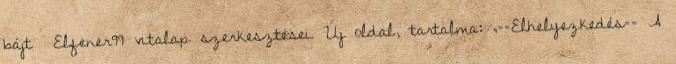
bájt ‎Elfener99 vitalap szerkesztései Új oldal, tartalma: „==Elhelyezkedés== A